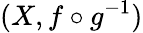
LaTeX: (X,f\circ g^{-1})